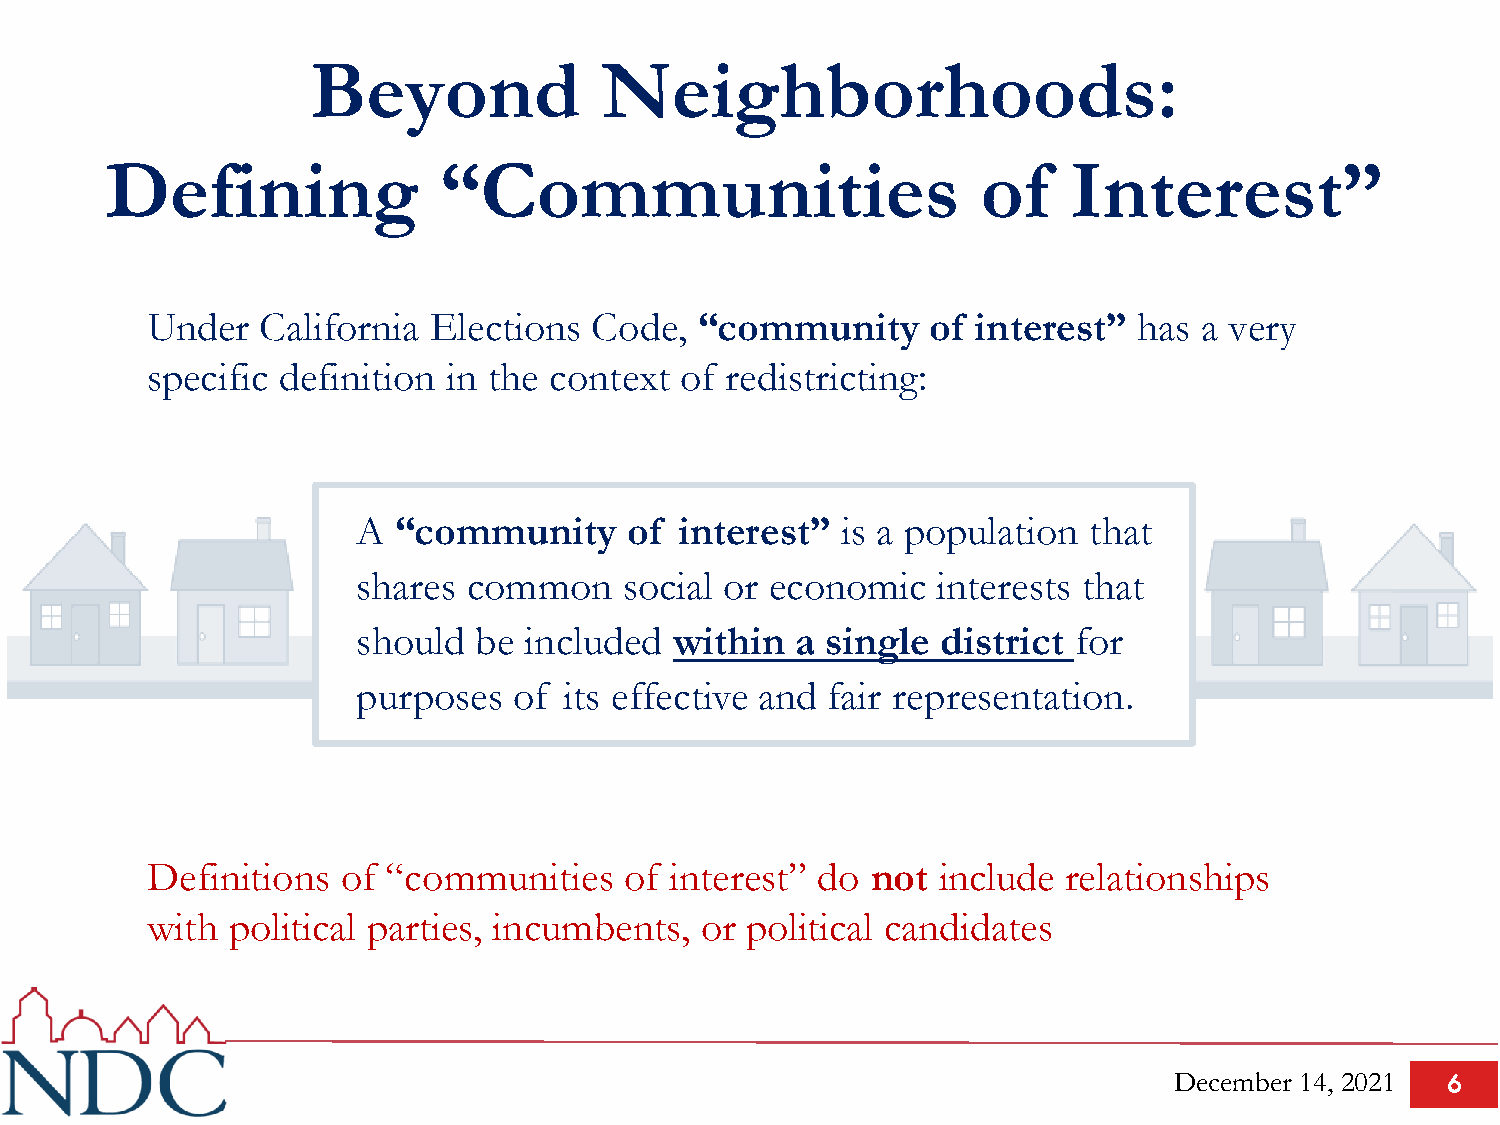
Beyond             Neighborhoods:
 Defining              “Communities                        of    Interest”
 Under  California Elections  Code,  “community      of interest” has  a very
 specific definition in the context of redistricting:
 A “community      of interest”  is a population that
 shares common    social or economic   interests that
 should be  included  within  a single district for
 purposes  of its effective and fair representation.
 Definitions  of “communities   of interest” do  not include  relationships
 with political parties, incumbents, or political candidates
 December 14, 2021 6